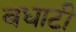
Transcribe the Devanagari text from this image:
बधाटी